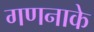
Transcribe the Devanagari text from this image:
गणनाके